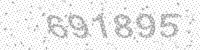
Solution: 691895